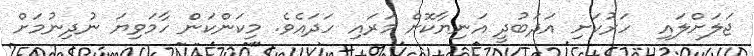
ޖަލަށްލައި  ހަރުކަށި އަދަބުދީ އަނިޔާކޮށް މަރައި ހަދައެވެ. މިކަންކަން ހާމަވިޔަ ނުދިނުމަށް